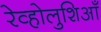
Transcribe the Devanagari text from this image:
रेव्होलुशिआँ